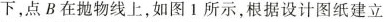
下，点B在抛物线上，如图 1 所示，根据设计图纸建立